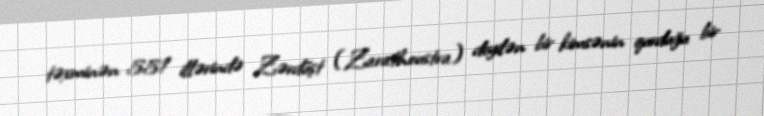
təxminən 551 illərində Zərdüşt (Zarathoustra) deyilən bir kimsənin qurduğu bir